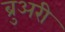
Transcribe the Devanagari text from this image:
ब्रुअरी